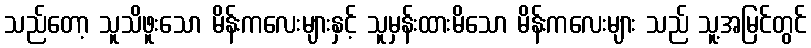
သည်တော့ သူသိဖူးသော မိန်းကလေးများနှင့် သူမှန်းထားမိသော မိန်းကလေးများ သည် သူ့အမြင်တွင်